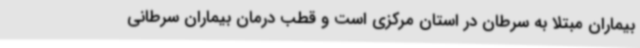
بیماران مبتلا به سرطان در استان مرکزی است و قطب درمان بیماران سرطانی